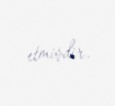
etmişdir.